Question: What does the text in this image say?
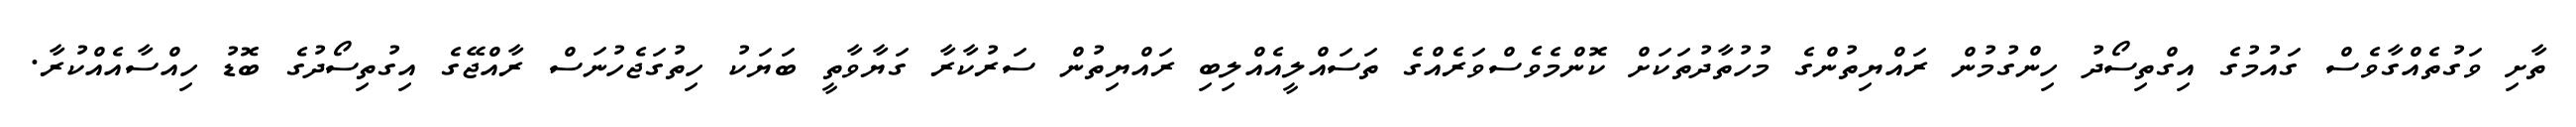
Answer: ތާށި ވަގުތެއްގާވެސް ގައުމުގެ އިގްތިސޯދު ހިންގުމުން ރައްޔިތުންގެ މުހުތާދުތަކަށް ކޮންމެވެސްވަރެއްގެ ތަސައްލީއެއްލިބި ރައްޔިތުން ސަރުކާރާ ގަޔާވާތީ ބަޔަކު ހިތުގަޖެހުނަސް ރާއްޖޭގެ އިގުތިސޯދުގެ ބޮޑު ހިއްސާއެއްކުރާ.